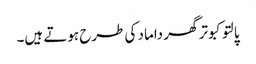
پالتو کبوتر گھر داماد کی طرح ہوتے ہیں۔